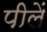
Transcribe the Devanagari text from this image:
पीलें